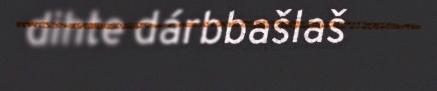
dihte dárbbašlaš